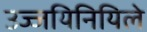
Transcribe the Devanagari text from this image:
उज्जयिनियिले